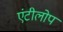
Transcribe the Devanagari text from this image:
एंटीलोप